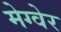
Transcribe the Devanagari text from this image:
मेग्वेर